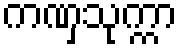
ကဏှသုက္ကာ